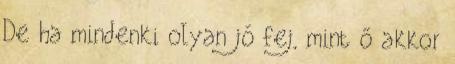
De ha mindenki olyan jó fej, mint ő akkor